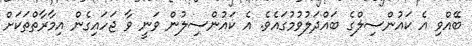
ބޭއްވި އެ ކައުންސިލްގެ ބައްދަލުވުމުގައެވެ. އެ ކައުންސިލުން ވަނީ ވާ ޖަހައިގެން އިމާރާތްތަކަށް